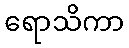
ရောသိကာ